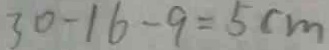
3 0 - 1 6 - 9 = 5 c m